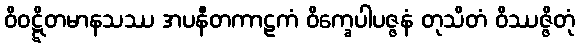
ဝိဝဋ္ဋိတမာနသဿ အပနီတကာဠကံ ဝိက္ခေပါပဇ္ဇနံ တုသိတံ ဝိဿဇ္ဇိတုံ